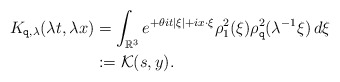
\begin{align*}K_{\mathtt q,\lambda}(\lambda t,\lambda x) &= \int_{\mathbb R^3}e^{+\theta it|\xi|+ix\cdot\xi} \rho_1^2(\xi)\rho^2_{\mathtt q}(\lambda^{-1}\xi)\,d\xi \\& := \mathcal K(s,y).\end{align*}